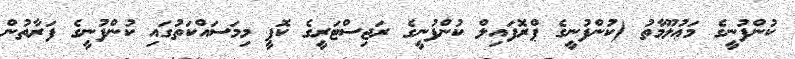
ކުންފުނީގެ މަޢުލޫމާތު (ކުންފުނީގެ ޕްރޮފައިލް ކުންފުނީގެ ރަޖިސްޓަރީގެ ކޮޕީ މިމަސައްކަތުގައި ކުންފުނީގެ ފަރާތުން